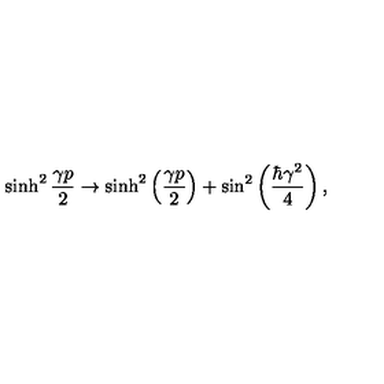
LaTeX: \sinh ^ { 2 } \frac { \gamma p } { 2 } \rightarrow \sinh ^ { 2 } \left( \frac { \gamma p } { 2 } \right) + \sin ^ { 2 } \left( \frac { \hbar \gamma ^ { 2 } } { 4 } \right) ,